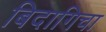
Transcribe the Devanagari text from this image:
बिदागिचा